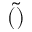
\tilde { ( ) }